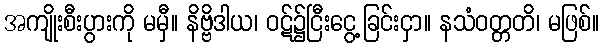
အကျိုးစီးပွားကို မမှီ။ နိဗ္ဗိဒါယ၊ ဝဋ်၌ငြီးငွေ့ခြင်းငှာ။ နသံဝတ္တတိ၊ မဖြစ်။